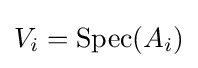
V_{i}=\operatorname {Spec} (A_{i})